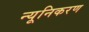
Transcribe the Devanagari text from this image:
न्यूनिकरण